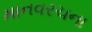
માનવરચના